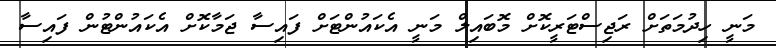
މަނީ ހިދުމަތަށް ރަޖިސްޓަރީކޮށް މޮބައިލް މަނީ އެކައުންޓަށް ފައިސާ ޖަމާކޮށް އެކައުންޓުން ފައިސާ